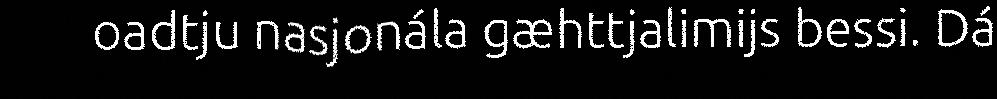
oadtju nasjonála gæhttjalimijs bessi. Dá